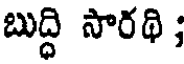
బుద్ధి సారథి;